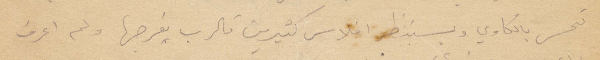
تحسر بالكاوي ويستنظر افلاس كثيرين فالرب يفرجها ولم اعرف